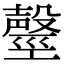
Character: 𣫒